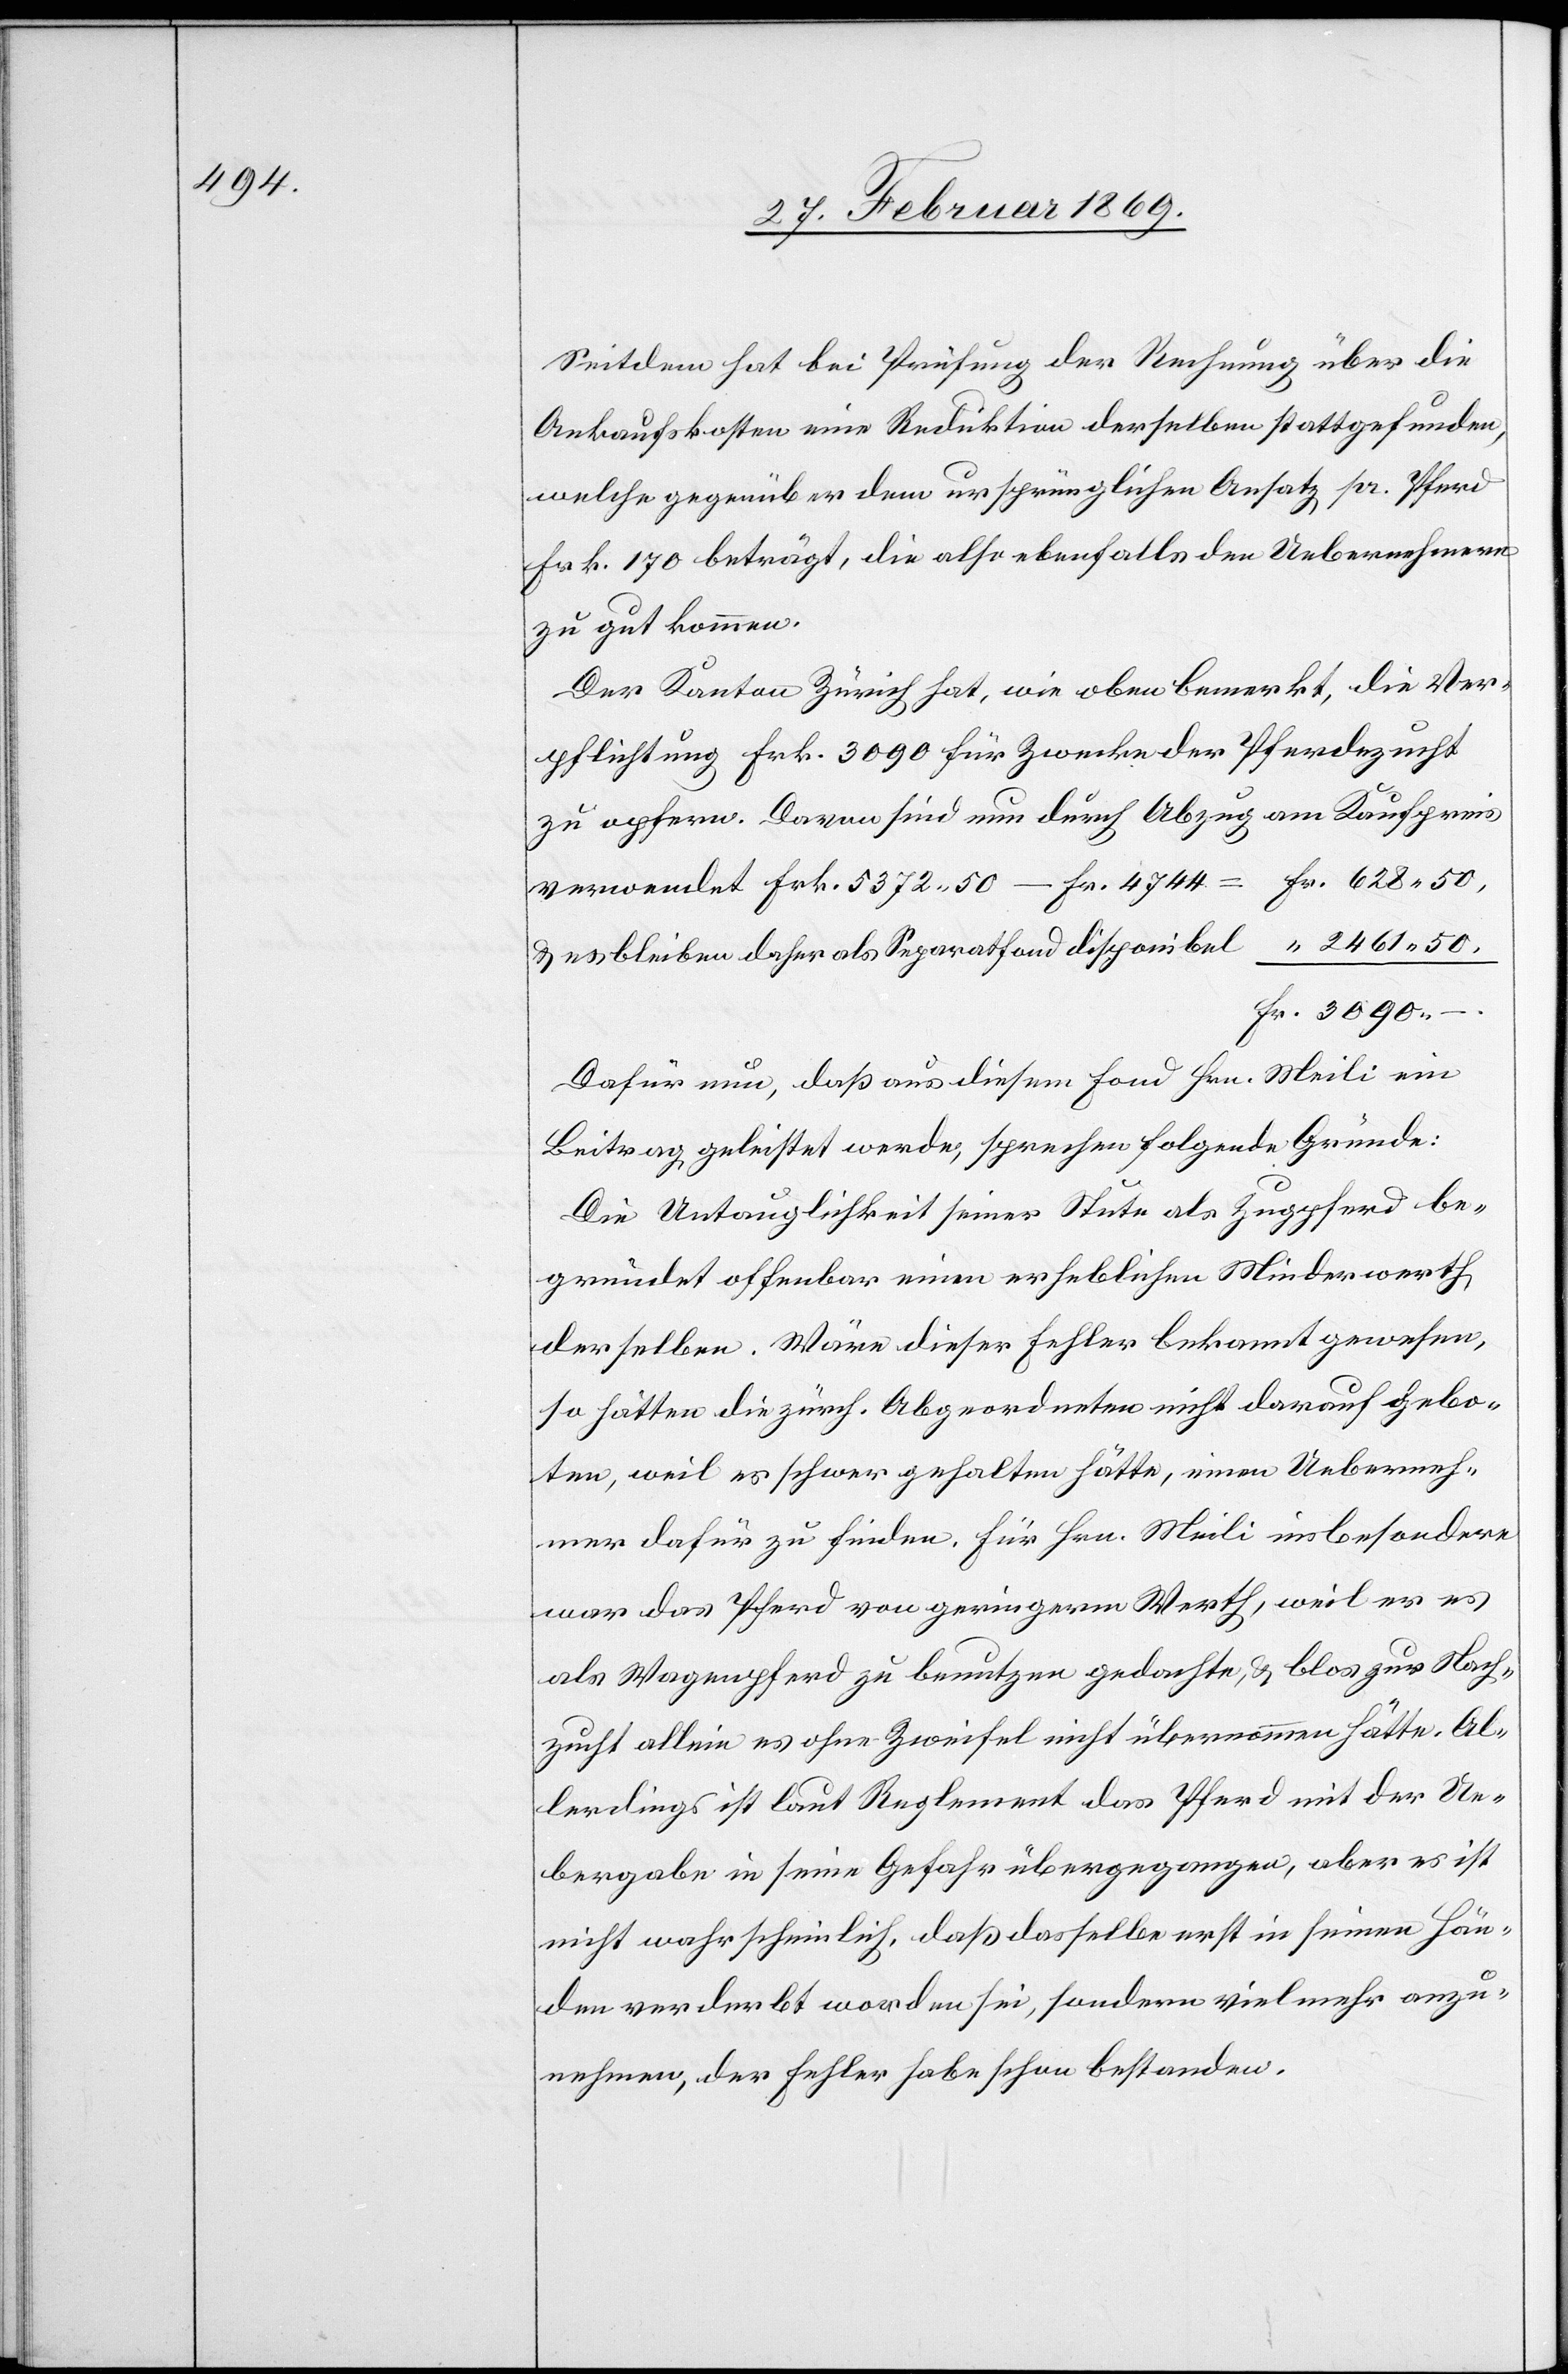
461.

Seitdem hat bei Prüfung der Rechnung über die
Ankaufskosten eine Reduktion derselben stattgefunden,
welche gegenüber dem ursprünglichen Ansatz pr. Pferd
Frk. 170 beträgt, die also ebenfalls den Uebernehmern
zu gut kommen.
Der Kanton Zürich hat, wie oben bemerkt, die Ver¬
pflichtung Frk. 3090 für Zwecke der Pferdezucht
zu opfern. Davon sind nun durch Abzug am Kaufpreis
& es bleiben daher als Separatfond disponibel
Fr.
Dafür nun, daß aus diesem Fond Hrn. Meili ein
Beitrag geleistet werde, sprechen folgende Gründe:
Die Untauglichkeit seiner Stute als Zugpferd be¬
gründet offenbar einen erheblichen Minderwerth
derselben. Wäre dieser Fehler bekannt gewesen,
so hätten die zürch. Abgeordneten nicht darauf gebo¬
ten, weil es schwer gehalten hätte, einen Ueberneh¬
mer dafür zu finden. Für Hrn. Meili insbesondere
war das Pferd von geringerm Werth, weil er es
als Wagenpferd zu benutzen gedachte, & blos zur Nach¬
zucht allein es ohne Zweifel nicht übernommen hätte. Al¬
lerdings ist laut Reglement das Pferd mit der Ue¬
bergabe in seine Gefahr übergegangen, aber es ist
nicht wahrscheinlich, daß dasselbe erst in seinen Hän¬
den verderbt worden sei, sondern vielmehr anzu¬
nehmen, der Fehler habe schon bestanden.